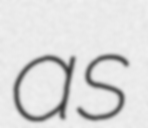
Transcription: as